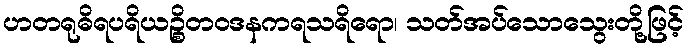
ဟတရုဓိရပရိယဉ္စိတဝဒနကရသရိရော၊ သတ်အပ်သောသွေးတို့ဖြင့်